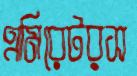
এমিরেটরস